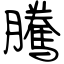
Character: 騰